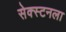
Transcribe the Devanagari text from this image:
सेक्स्टनला